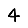
Digit: 4